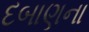
દબાણના